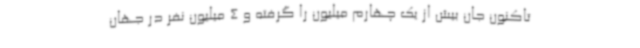
تاکنون جان بیش از یک چهارم میلیون را گرفته و 4 میلیون نفر در جهان